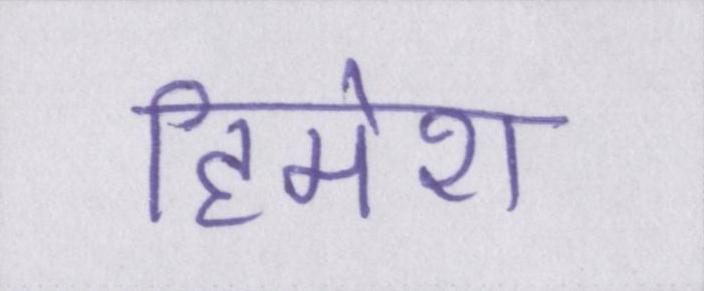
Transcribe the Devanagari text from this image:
हिमेश